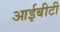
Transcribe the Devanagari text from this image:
आईबीटी